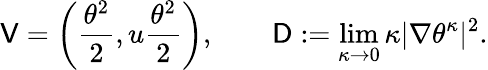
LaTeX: \mathsf{V}=\left(\frac{\theta^{2}}{2},u\frac{\theta^{2}}{2}\right),\qquad\mathsf{D}:=\operatorname*{lim}_{\kappa\to 0}\kappa|\nabla\theta^{\kappa}|^{2}.